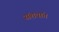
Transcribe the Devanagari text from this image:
संशयांत